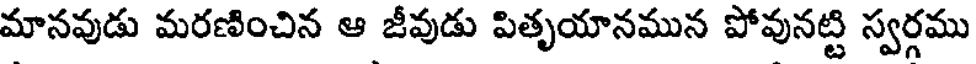
మానవుడు మరణించిన ఆ జీవుడు పితృయానమున పోవునట్టి స్వర్గము